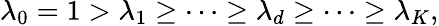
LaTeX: \lambda_{0}=1>\lambda_{1}\ge\dots\ge\lambda_{d}\ge\dots\ge\lambda_{K},